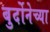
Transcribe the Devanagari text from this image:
बुर्दोनेच्या